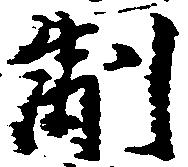
制